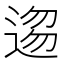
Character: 𮞥